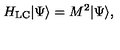
H _ { \mathrm { L C } } | \Psi \rangle = M ^ { 2 } | \Psi \rangle ,